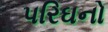
પરિઘનો